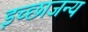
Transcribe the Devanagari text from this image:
इच्छाजन्य